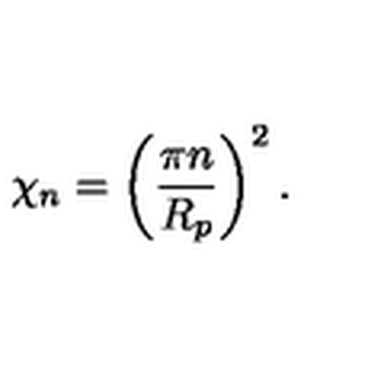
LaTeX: \chi _ { n } = \left( \frac { \pi n } { R _ { p } } \right) ^ { 2 } .